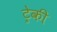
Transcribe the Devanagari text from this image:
ट्रेकी